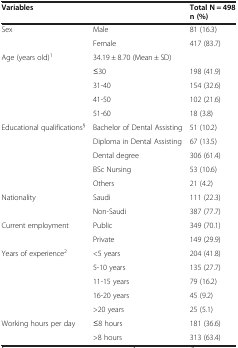
<table><thead><tr><td colspan="2"><b>Variables</b></td><td><b>Total N = 498 n (%)</b></td></tr></thead><tbody><tr><td rowspan="2">Sex</td><td>Male</td><td>81 (16.3)</td></tr><tr><td>Female</td><td>417 (83.7)</td></tr><tr><td rowspan="5">Age (years old)<sup>1</sup></td><td colspan="2">34.19 ± 8.70 (Mean ± SD)</td></tr><tr><td>≤30</td><td>198 (41.9)</td></tr><tr><td>31-40</td><td>154 (32.6)</td></tr><tr><td>41-50</td><td>102 (21.6)</td></tr><tr><td>51-60</td><td>18 (3.8)</td></tr><tr><td rowspan="5">Educational qualifications<sup>§</sup></td><td>Bachelor of Dental Assisting</td><td>51 (10.2)</td></tr><tr><td>Diploma in Dental Assisting</td><td>67 (13.5)</td></tr><tr><td>Dental degree</td><td>306 (61.4)</td></tr><tr><td>BSc Nursing</td><td>53 (10.6)</td></tr><tr><td>Others</td><td>21 (4.2)</td></tr><tr><td rowspan="2">Nationality</td><td>Saudi</td><td>111 (22.3)</td></tr><tr><td>Non-Saudi</td><td>387 (77.7)</td></tr><tr><td rowspan="2">Current employment</td><td>Public</td><td>349 (70.1)</td></tr><tr><td>Private</td><td>149 (29.9)</td></tr><tr><td rowspan="5">Years of experience<sup>2</sup></td><td>&lt;5 years</td><td>204 (41.8)</td></tr><tr><td>5-10 years</td><td>135 (27.7)</td></tr><tr><td>11-15 years</td><td>79 (16.2)</td></tr><tr><td>16-20 years</td><td>45 (9.2)</td></tr><tr><td>&gt;20 years</td><td>25 (5.1)</td></tr><tr><td rowspan="2">Working hours per day</td><td>≤8 hours</td><td>181 (36.6)</td></tr><tr><td>&gt;8 hours</td><td>313 (63.4)</td></tr></tbody></table>